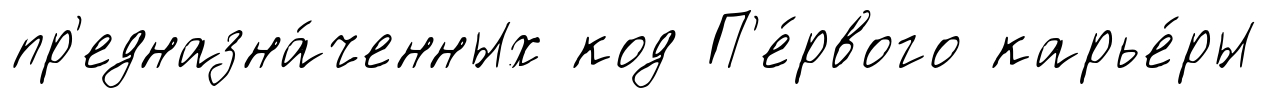
пр'едназна́ченных код П'е́рвого карье́ры